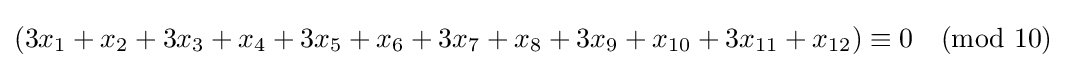
(3x_{1}+x_{2}+3x_{3}+x_{4}+3x_{5}+x_{6}+3x_{7}+x_{8}+3x_{9}+x_{10}+3x_{11}+x_{12})\equiv 0{\pmod {10}}